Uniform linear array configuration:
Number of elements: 24
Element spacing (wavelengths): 0.25
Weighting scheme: exponential
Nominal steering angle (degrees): -15
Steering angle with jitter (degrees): -16.689
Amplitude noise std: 0.05
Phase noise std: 0.05

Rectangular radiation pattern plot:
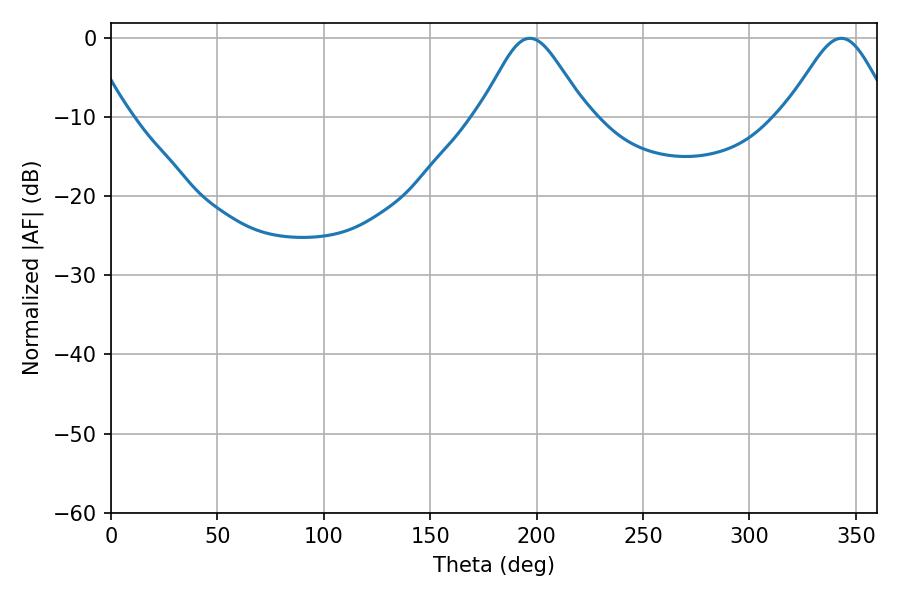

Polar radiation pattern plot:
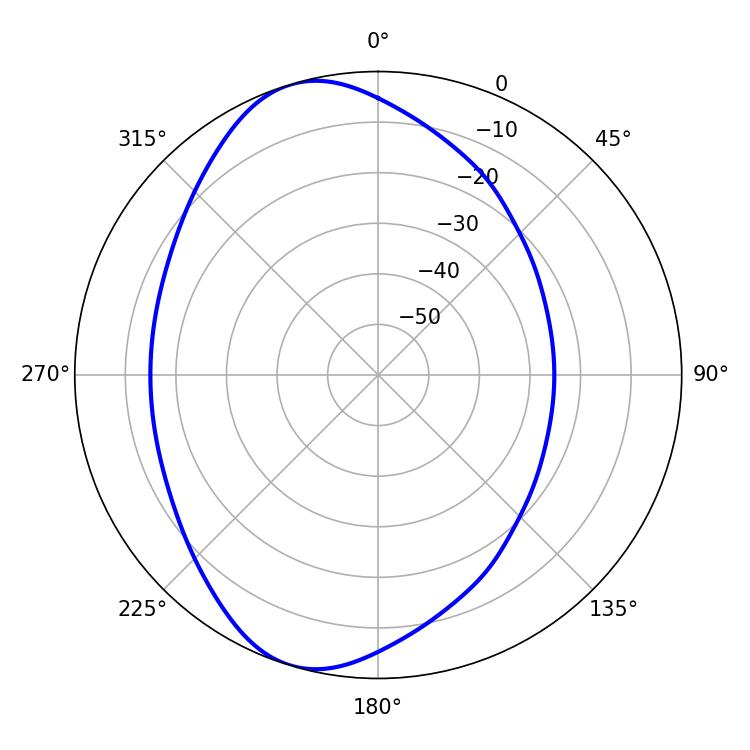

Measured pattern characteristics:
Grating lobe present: FALSE
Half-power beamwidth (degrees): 24.48
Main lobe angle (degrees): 196.74